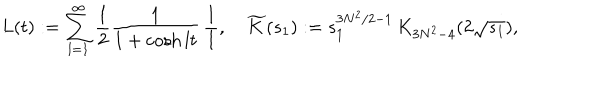
LaTeX: L ( t ) : = \sum _ { l = 1 } ^ { \infty } \frac { 1 } { 2 } \frac { 1 } { 1 + \cosh l t } \, \frac { 1 } { l } , \quad \widetilde { K } ( s _ { 1 } ) : = s _ { 1 } ^ { 3 N ^ { 2 } / 2 - 1 } \, K _ { 3 N ^ { 2 } - 4 } ( 2 \sqrt { s _ { 1 } } ) ,